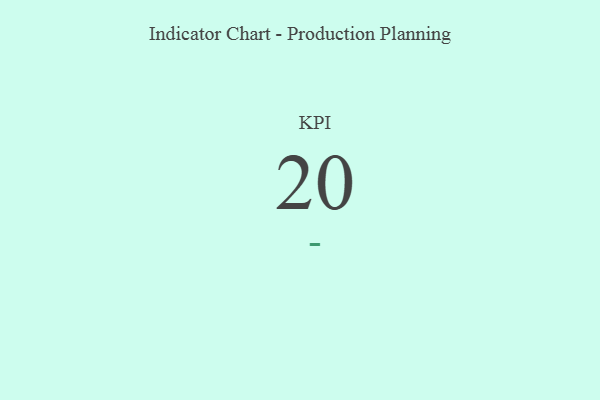
{"axis": {"x": "KPI", "y": "Value"}, "legend": [""], "data": [{"x": "KPI", "y": 20, "type": ""}]}